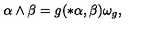
\alpha \wedge \beta = g ( * \alpha , \beta ) \omega _ { g } ,